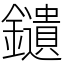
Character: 𨯯